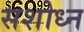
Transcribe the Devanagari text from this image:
सशोध्न